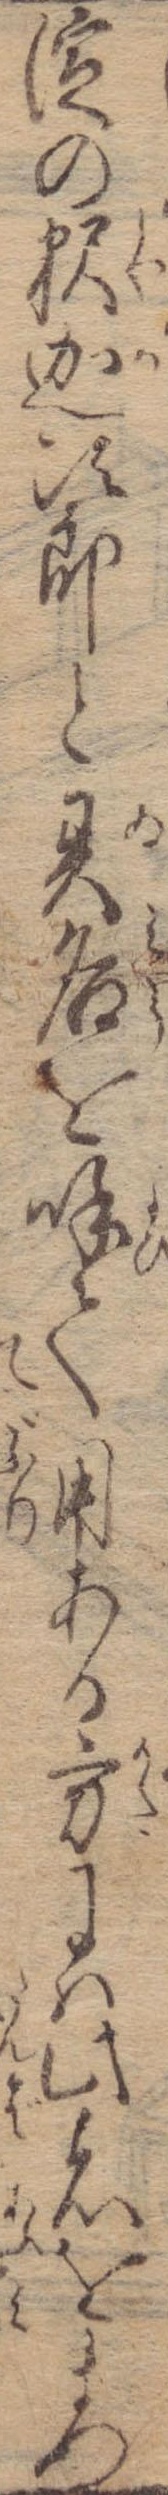
淀の釈迦次郎と異名を呼て用ある方には此者をまつ